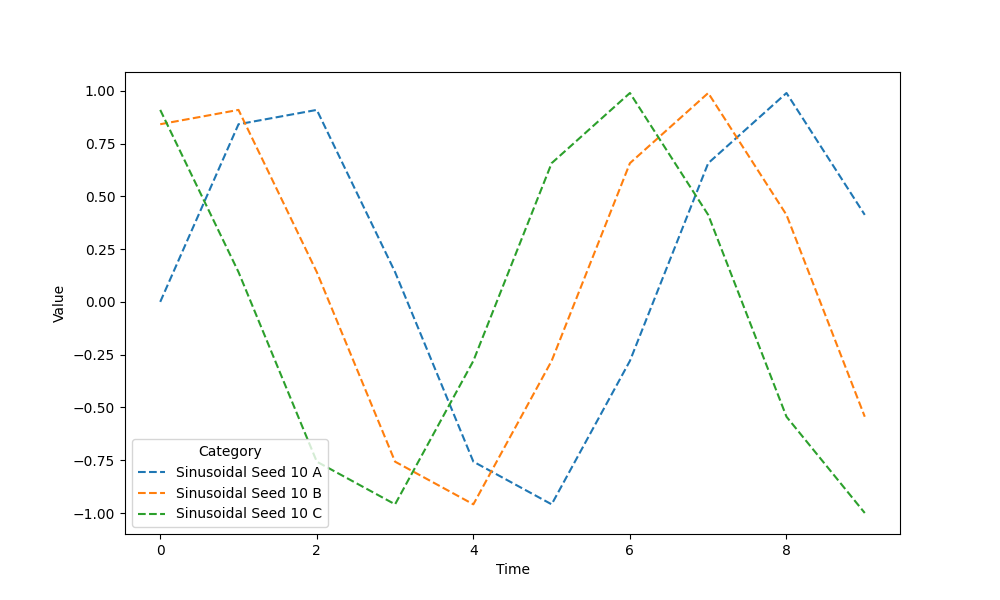
python, seaborn, lineplot, style='dashed', marker='None'